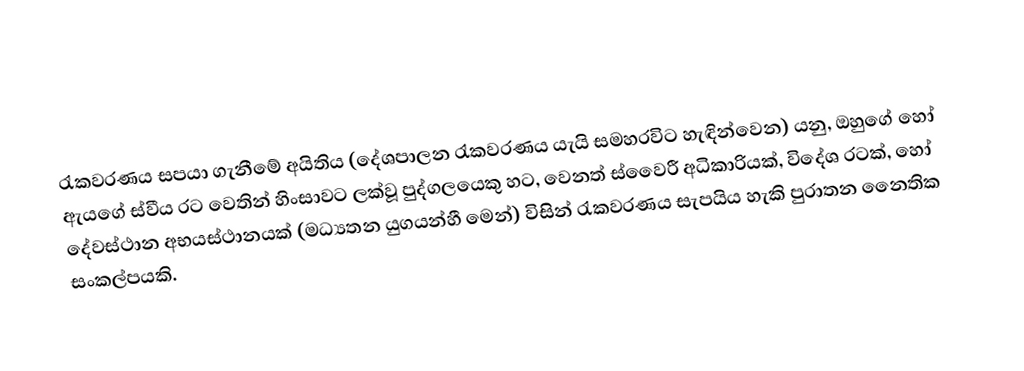
රැකවරණය සපයා ගැනීමේ අයිතිය (දේශපාලන රැකවරණය යැයි සමහරවිට හැඳින්වෙන) යනු, ඔහුගේ හෝ ඇයගේ ස්වීය රට වෙතින් හිංසාවට ලක්වූ පුද්ගලයෙකු හට, වෙනත් ස්වෛරී අධිකාරියක්, විදේශ රටක්, හෝ දේවස්ථාන අභයස්ථානයක් (මධ්‍යතන යුගයන්හී මෙන්) විසින් රැකවරණය සැපයිය හැකි පුරාතන නෛතික සංකල්පයකි.